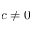
c \neq 0